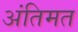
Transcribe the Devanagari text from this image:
अंतिमत